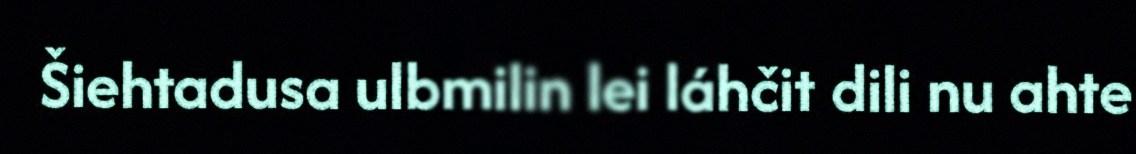
Šiehtadusa ulbmilin lei láhčit dili nu ahte